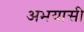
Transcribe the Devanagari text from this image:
अभयासी